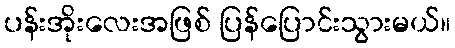
ပန်းအိုးလေးအဖြစ် ပြန်ပြောင်းသွားမယ်။